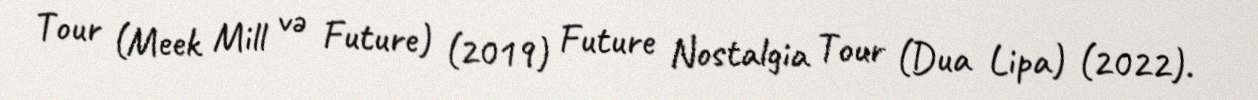
Tour (Meek Mill və Future) (2019) Future Nostalgia Tour (Dua Lipa) (2022).